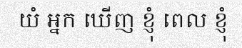
យំ អ្នក ឃើញ ខ្ញុំ ពេល ខ្ញុំ